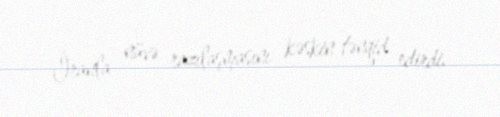
İranla nüvə razılaşmasını kəskin tənqid edirdi.